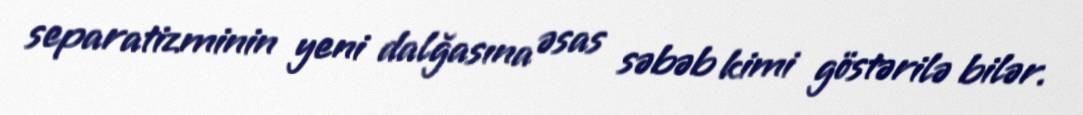
separatizminin yeni dalğasına əsas səbəb kimi göstərilə bilər.